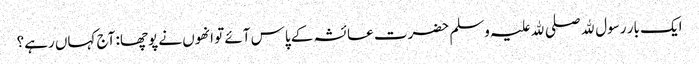
ایک بار رسول ﷲ صلی ﷲ علیہ وسلم حضرت عائشہ کے پاس آئے تو انھوں نے پوچھا: آج کہاں رہے؟